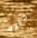
رحلته